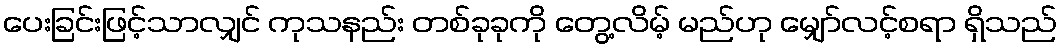
ပေးခြင်းဖြင့်သာလျှင် ကုသနည်း တစ်ခုခုကို တွေ့လိမ့် မည်ဟု မျှော်လင့်စရာ ရှိသည်